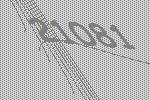
21081